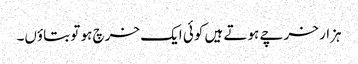
ہزار خرچے ہوتے ہیں کوئی ایک خرچ ہو تو بتاؤں۔